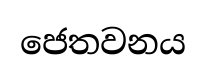
ජෙතවනය